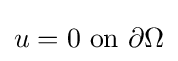
u=0{\text{ on }}\partial \Omega